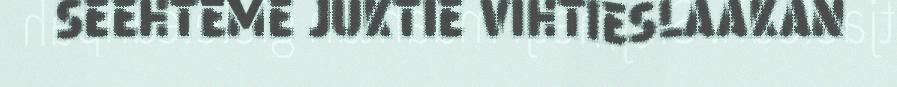
SEEHTEME JUKTIE VIHTIESLAAKAN